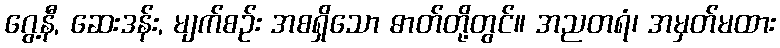
ဂွေ့နီ, ဆေးဒန်း, မျက်စဉ်း အစရှိသော ဓာတ်တို့တွင်။ အညတရံ၊ အမှတ်မထား